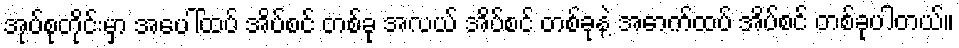
အုပ်စုတိုင်းမှာ အပေါ်ထပ် အိပ်စင် တစ်ခု အလယ် အိပ်စင် တစ်ခုနဲ့ အောက်ထပ် အိပ်စင် တစ်ခုပါတယ်။